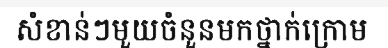
សំខាន់ៗមួយចំនួនមកថ្នាក់ក្រោម